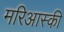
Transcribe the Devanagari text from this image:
मरिआस्की